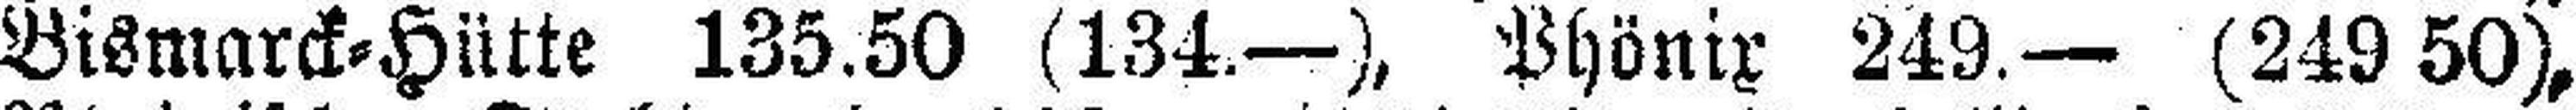
Bismarck=Hütte 135.50 (134.—), Phönix 249.— (249 50),